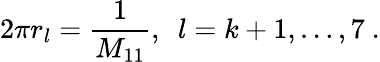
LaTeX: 2\pi r_{l}=\frac{1}{M_{11}},~~l=k+1,\ldots,7\ .